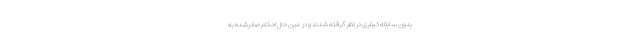
بدون سابقه کیفری در نظر گرفته شدند و در عین حال احکام صادرشده به